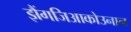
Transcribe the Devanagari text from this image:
झैंगजिआकोउनान